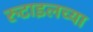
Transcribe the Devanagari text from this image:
रुटाइलच्या